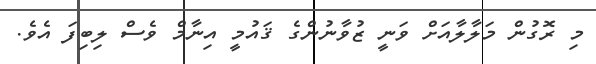
މި ރޮގުން މަލާލާއަށް ވަނީ ޒުވާނުންގެ ޤައުމީ އިނާމް ވެސް ލިބިފަ އެވެ.